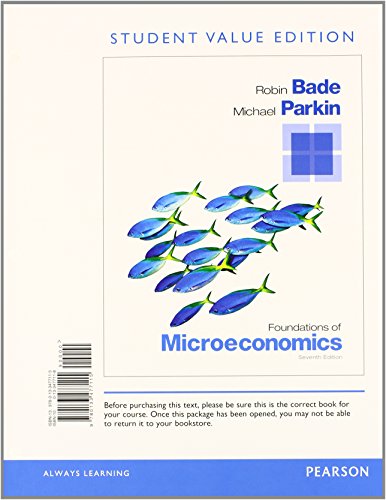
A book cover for Foundations of Microeconomics, Student Value Edition Plus NEW MyEconLab with Pearson eText -- Access Card Package (7th Edition); Robin Bade; Business & Money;